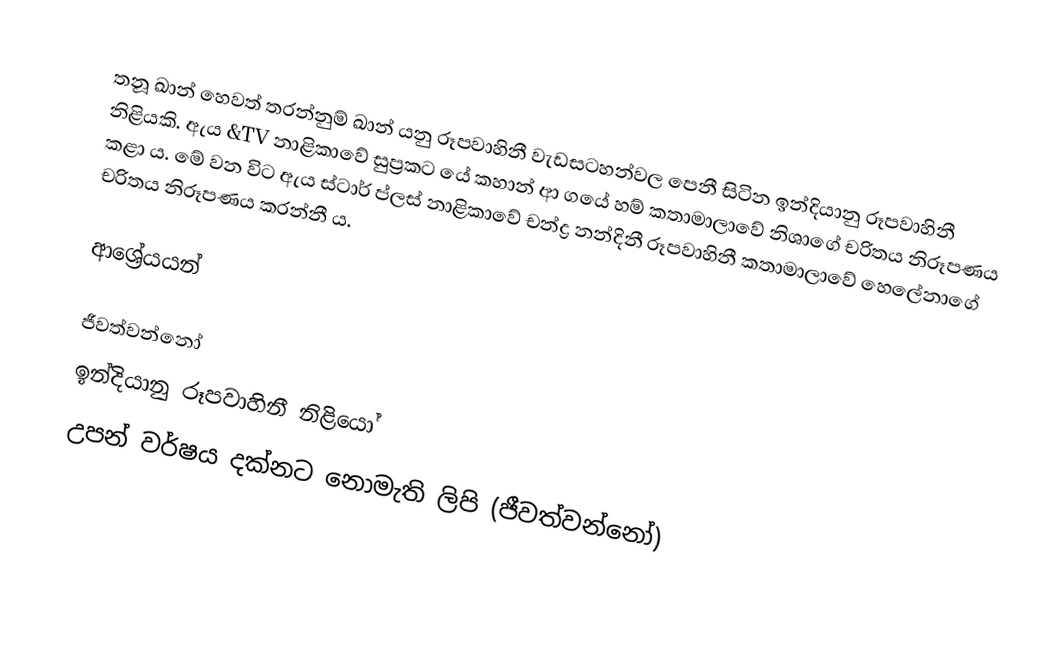
තනූ ඛාන් හෙවත් තරන්නුම් ඛාන් යනු රූපවාහිනී වැඩසටහන්වල පෙනී සිටින ඉන්දියානු රූපවාහිනී නිළියකි. ඇය &TV නාළිකාවේ සුප්‍රකට යේ කහාන් ආ ගයේ හම් කතාමාලාවේ නිශාගේ චරිතය නිරූපණය කළා ය. මේ වන විට ඇය ස්ටාර් ප්ලස් නාළිකාවේ චන්ද්‍ර නන්දිනී රූපවාහිනී කතාමාලාවේ හෙලේනාගේ චරිතය නිරූපණය කරන්නී ය.

ආශ්‍රේයයන්

ජීවත්වන්නෝ
ඉන්දියානු රූපවාහිනී නිළියෝ
උපන් වර්ෂය දක්නට නොමැති ලිපි (ජීවත්වන්නෝ)